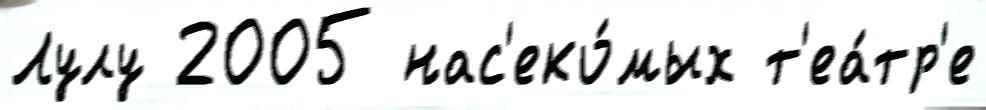
Лулу 2005 нас'еко́мых т'еа́тр'е